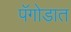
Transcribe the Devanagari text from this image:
पॅगोडात